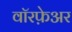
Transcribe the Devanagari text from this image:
वॉरफ़ेअर